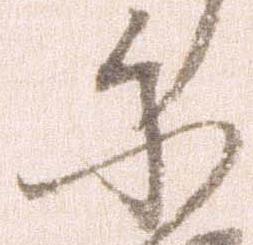
に